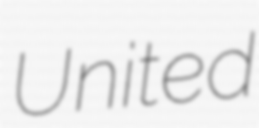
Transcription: United